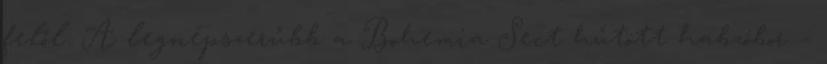
felől. A legnépszerűbb a Bohemia Sect hűtött habzóbor –